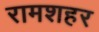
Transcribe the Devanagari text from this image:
रामशहर